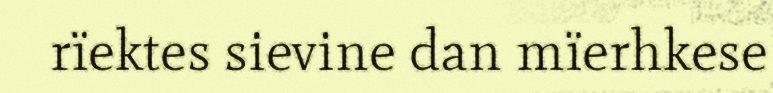
rïektes sievine dan mïerhkese